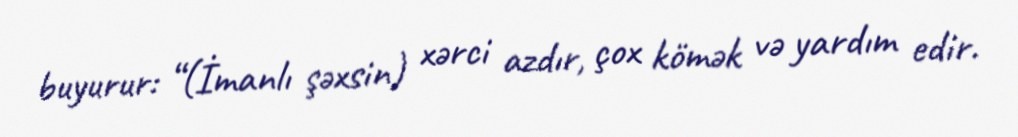
buyurur: “(İmanlı şəxsin) xərci azdır, çox kömək və yardım edir.